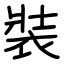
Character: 裝